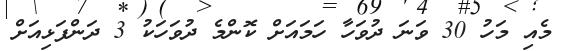
މެއި މަހު 30 ވަނަ ދުވަހާ ހަމައަށް ކޮންމެ ދުވަހަކު 3 ދަންފަޅިއަށް